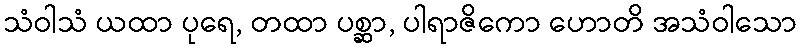
သံဝါသံ ယထာ ပုရေ, တထာ ပစ္ဆာ, ပါရာဇိကော ဟောတိ အသံဝါသော